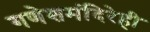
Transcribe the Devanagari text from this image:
गणेशमंदिरेही